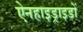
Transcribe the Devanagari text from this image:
ऐनहाइड्राइडों